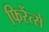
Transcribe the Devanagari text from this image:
फिरेंत्से